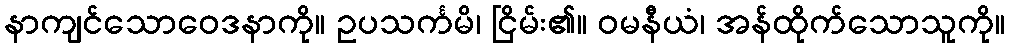
နာကျင်သောဝေဒနာကို။ ဥပသင်္ကမိ၊ ငြိမ်း၏။ ဝမနီယံ၊ အန်ထိုက်သောသူကို။